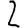
Digit: 2